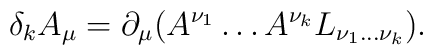
\delta_{k} A_{\mu}= \partial _{\mu} (A^{\nu_{1}} \ldots A^{\nu_{k}} L_{\nu_{1}\ldots \nu_{k}}).